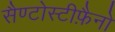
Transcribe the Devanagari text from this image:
सैण्टोस्टीफ़ैनो